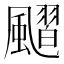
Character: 𩘴